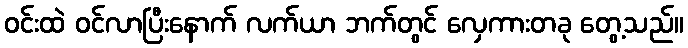
ဝင်းထဲ ဝင်လာပြီးနောက် လက်ယာ ဘက်တွင် လှေကားတခု တွေ့သည်။